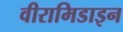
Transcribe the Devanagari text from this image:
वीरामिडाइन